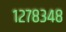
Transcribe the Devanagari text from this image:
१२७८३४८